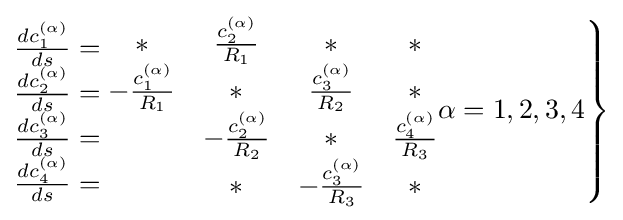
{{\begin{matrix}{\frac {dc_{1}^{(\alpha )}}{ds}}=\\{\frac {dc_{2}^{(\alpha )}}{ds}}=\\{\frac {dc_{3}^{(\alpha )}}{ds}}=\\{\frac {dc_{4}^{(\alpha )}}{ds}}=\end{matrix}}\left.{\begin{matrix}*&{\frac {c_{2}^{(\alpha )}}{R_{1}}}&*&*\\-{\frac {c_{1}^{(\alpha )}}{R_{1}}}&*&{\frac {c_{3}^{(\alpha )}}{R_{2}}}&*\\*&-{\frac {c_{2}^{(\alpha )}}{R_{2}}}&*&{\frac {c_{4}^{(\alpha )}}{R_{3}}}\\*&*&-{\frac {c_{3}^{(\alpha )}}{R_{3}}}&*\end{matrix}}\alpha =1,2,3,4\right\}}